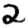
Digit: 2